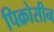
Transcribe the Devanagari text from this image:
पिक्रोसीन